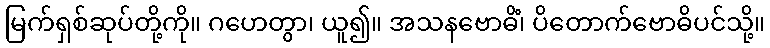
မြက်ရှစ်ဆုပ်တို့ကို။ ဂဟေတွာ၊ ယူ၍။ အသနဗောဓိံ၊ ပိတောက်ဗောဓိပင်သို့။